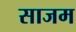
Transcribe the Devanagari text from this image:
साजम